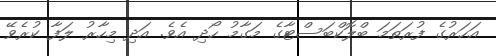
އަހަރުގެ ފުރަތަމަ ބްލޮކްބަސްޓާގެ މަގާމު ހޯދި އެވެ. އަދި މިހާރު ލަފާ ކުރެވޭ